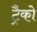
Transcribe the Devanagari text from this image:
ट्रैको